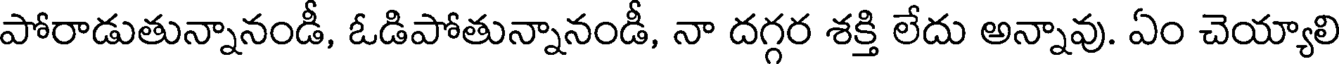
పోరాడుతున్నానండీ, ఓడిపోతున్నానండీ, నా దగ్గర శక్తి లేదు అన్నావు. ఏం చెయ్యాలి